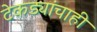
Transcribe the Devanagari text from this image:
टेकड्यांचाही